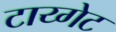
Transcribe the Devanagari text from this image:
टाय्गेट